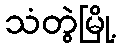
သံတွဲမြို့